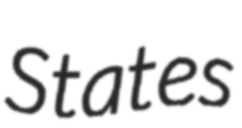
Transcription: States